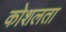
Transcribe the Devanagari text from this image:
कोशलता